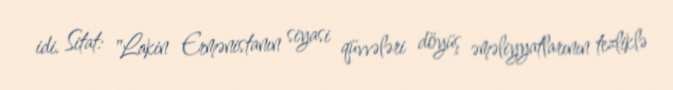
idi. Sitat: "Lakin Ermənistanın siyasi qüvvələri döyüş əməliyyatlarının tezliklə